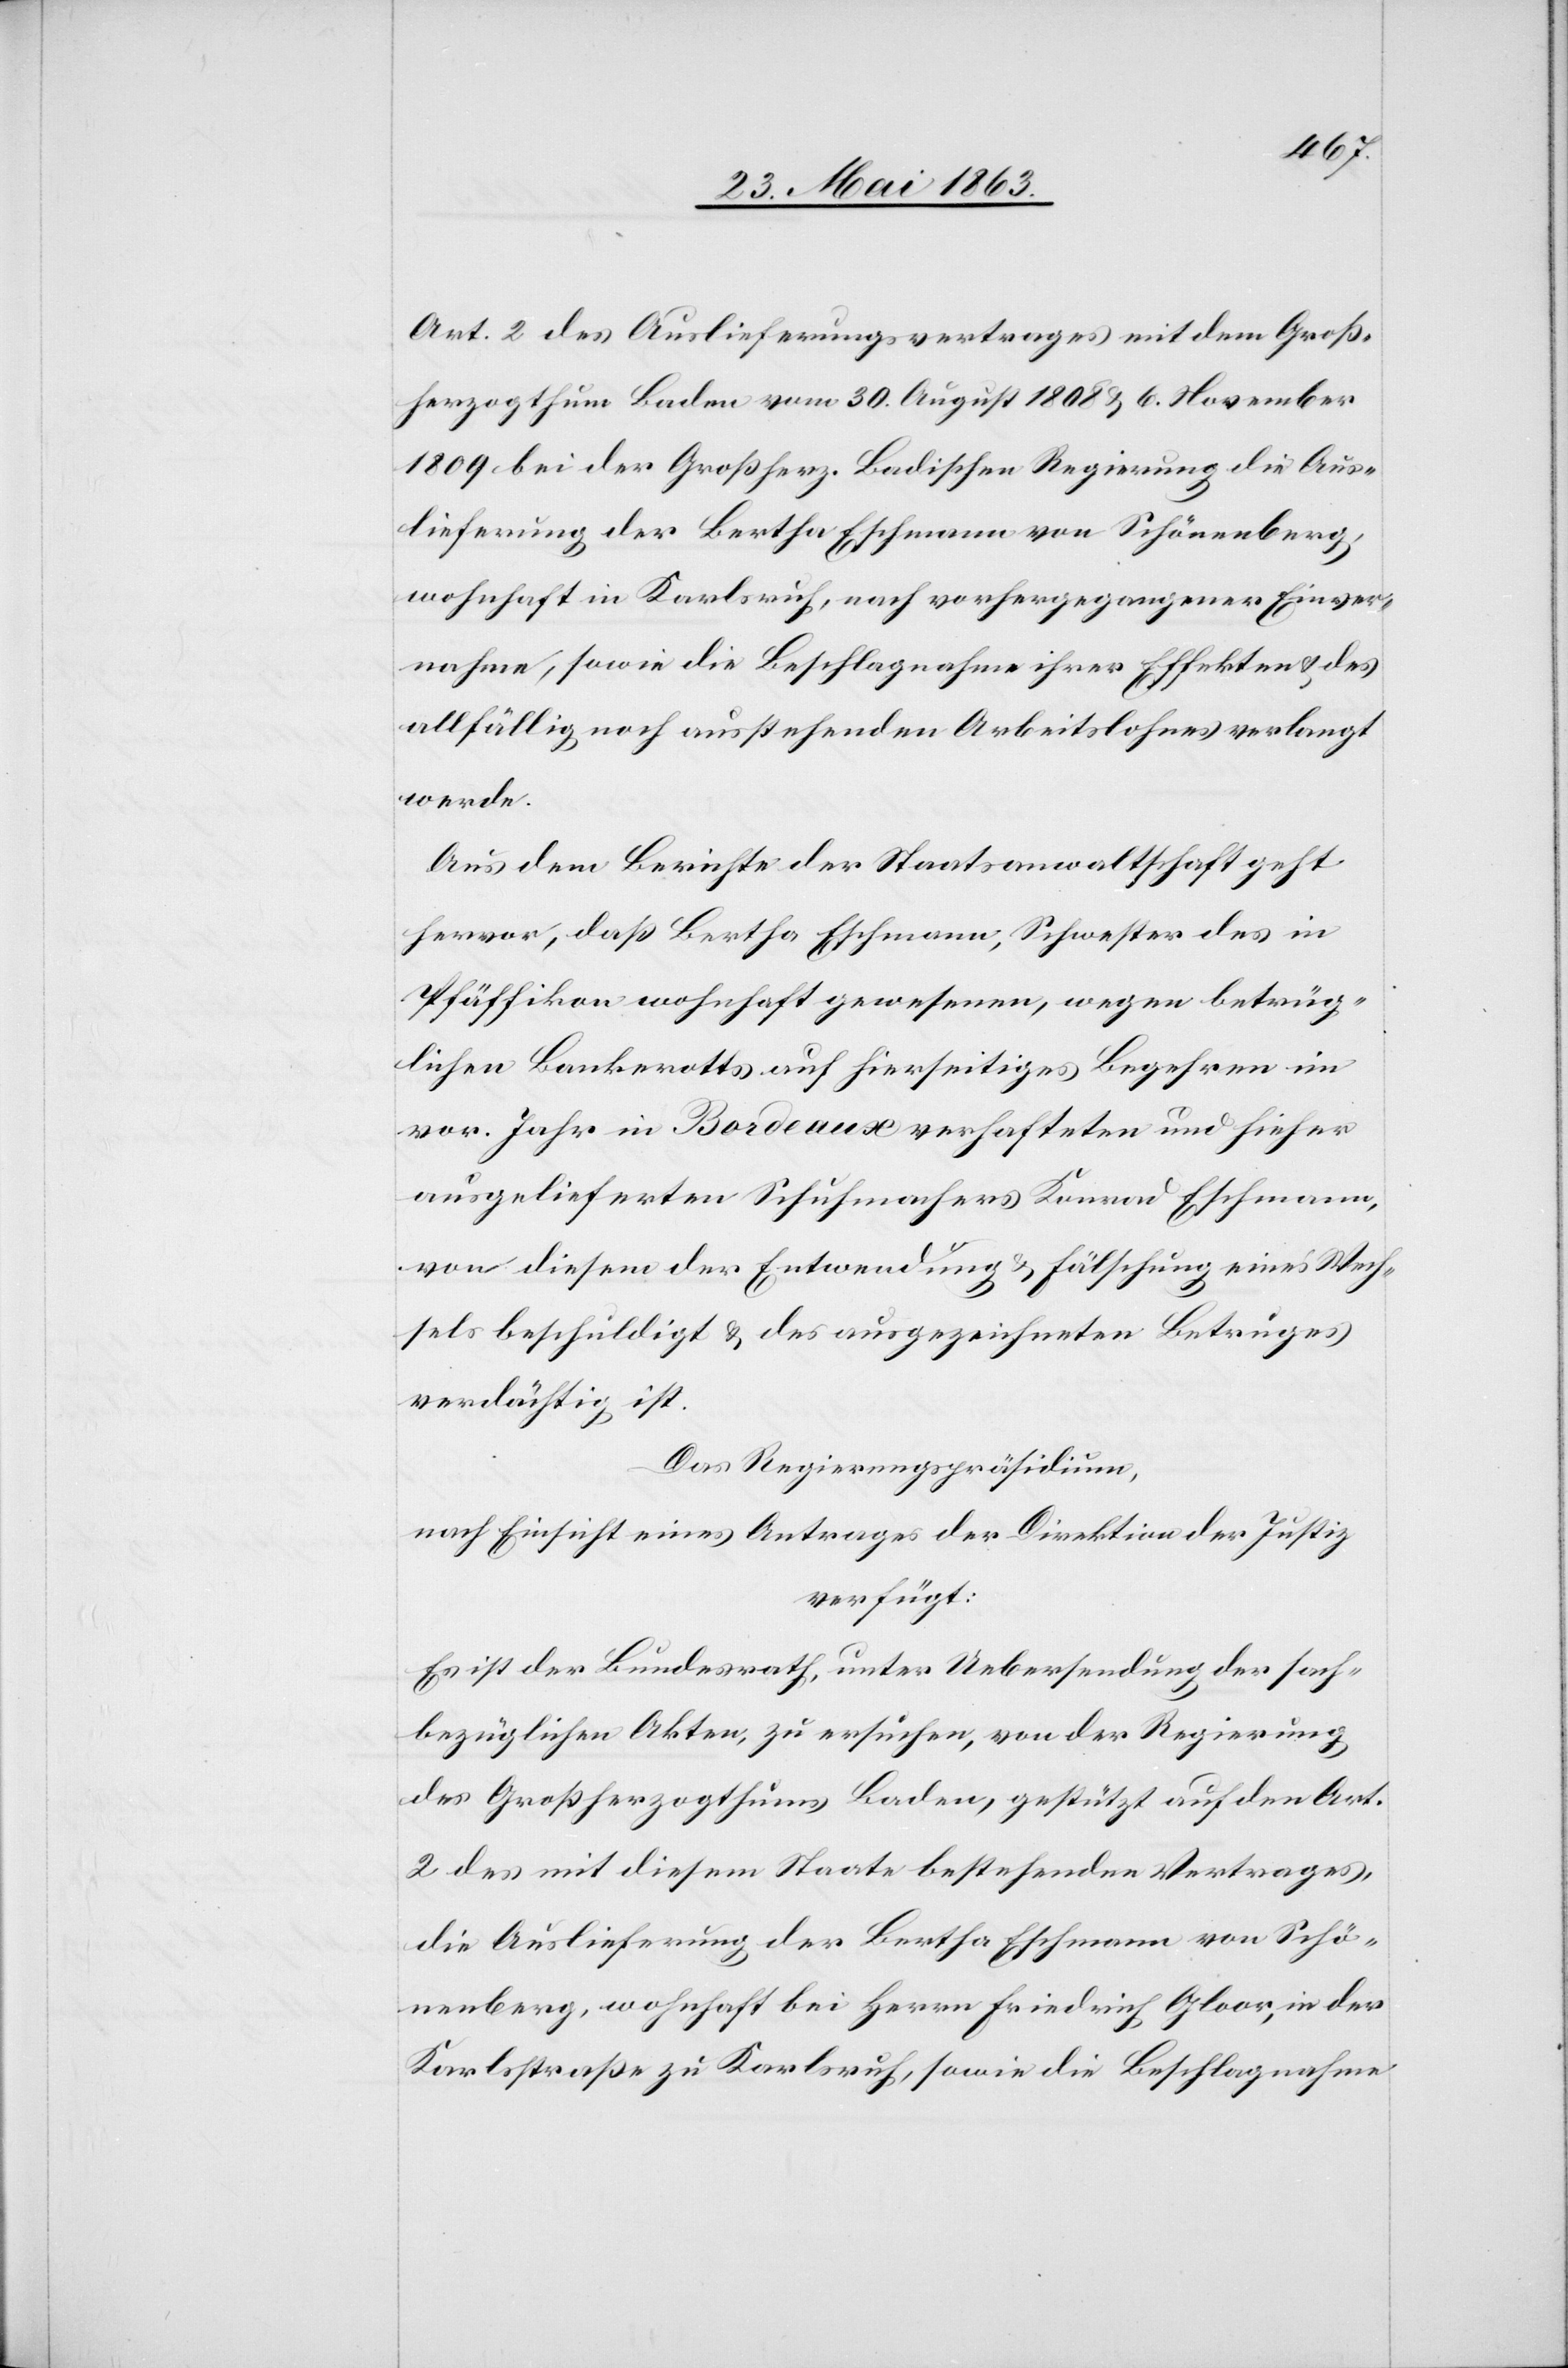
Art. 2 des Auslieferungsvertrages mit dem Groß¬
herzogthum Baden vom 30. August 1808 & 6. November
1809 bei der Großherz. Badischen Regierung die Aus¬
lieferung der Bertha Eschmann von Schönenberg,
wohnhaft in Karlsruh, nach vorhergegangener Einver¬
nahme, sowie die Beschlagnahme ihrer Effekten & des
allfällig noch ausstehenden Arbeitslohnes verlangt
werde.
Aus dem Berichte der Staatsanwaltschaft geht
hervor, daß Bertha Eschmann, Schwester des in
Pfäffikon wohnhaft gewesenen, wegen betrüg¬
lichen Bankerotts auf hierseitiges Begehren im
vor. Jahr in Bordeaux verhafteten und hieher
ausgelieferten Schuhmachers Konrad Eschmann,
von diesem der Entwendung & Fälschung eines Wech¬
sels beschuldigt & des ausgezeichneten Betruges
verdächtig ist.
Das Regierungspräsidium,
nach Einsicht eines Antrages der Direktion der Justiz
verfügt:
Es ist der Bundesrath, unter Uebersendung der sach¬
bezüglichen Akten, zu ersuchen, von der Regierung
des Großherzogthums Baden, gestützt auf den Art.
2 des mit diesem Staate bestehenden Vertrages,
die Auslieferung der Bertha Eschmann von Schö¬
nenberg, wohnhaft bei Herrn Friedrich Gloor, in der
Karlsstraße zu Karlsruh, sowie die Beschlagnahme